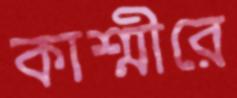
কাশ্মীরে